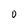
Character: 0